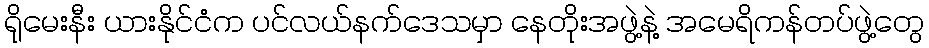
ရိုမေးနီး ယားနိုင်ငံက ပင်လယ်နက်ဒေသမှာ နေတိုးအဖွဲ့နဲ့ အမေရိကန်တပ်ဖွဲ့တွေ